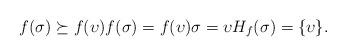
LaTeX: \begin{align*}f(\sigma)\succeq f(\upsilon) f(\sigma)=f(\upsilon) \sigma=\upsilon H_f(\sigma)=\{\upsilon\}.\end{align*}